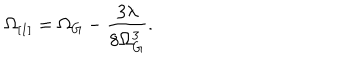
LaTeX: \Omega _ { [ 1 ] } = \Omega _ { G } - \frac { 3 \lambda } { 8 \Omega _ { G } ^ { 3 } } .